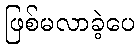
ဖြစ်မလာခဲ့ပေ